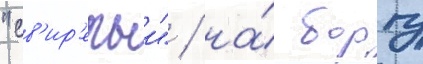
"св'ир'епыи" / на́ борту